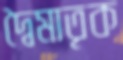
দ্বৈমাতৃক